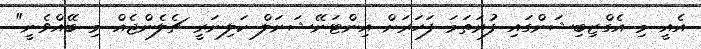
އެއީ މި އެގްޒިބިޝަންގައި ފުރަތަމަ ފަހަރަށް އިންޓަނޭޝަނަލް ކަލިނަރީ ޗެލެންޖެއް މި ބޭއްވެނީ"